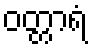
ဝတ္တာရံ